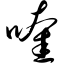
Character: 喹